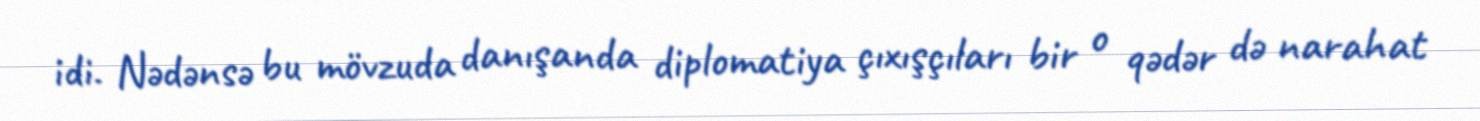
idi. Nədənsə bu mövzuda danışanda diplomatiya çıxışçıları bir o qədər də narahat